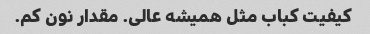
کیفیت کباب مثل همیشه عالی. مقدار نون کم.